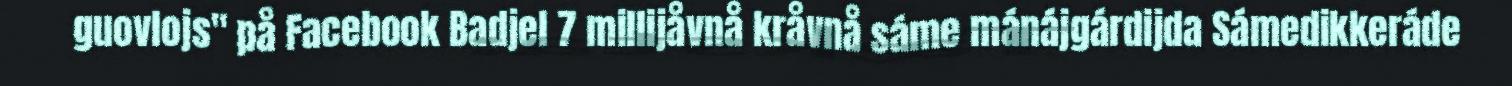
guovlojs" på Facebook Badjel 7 millijåvnå kråvnå sáme mánájgárdijda Sámedikkeráde